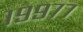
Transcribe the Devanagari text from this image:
१९९७७